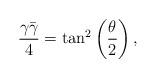
LaTeX: \begin{align*}\frac{ \gamma \bar{\gamma}}{4} =\tan^2 \left( \frac{ \theta}{2} \right) ,\end{align*}